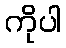
ကိုပါ